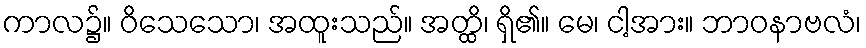
ကာလ၌။ ဝိသေသော၊ အထူးသည်။ အတ္ထိ၊ ရှိ၏။ မေ၊ ငါ့အား။ ဘာဝနာဗလံ၊